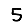
Digit: 5